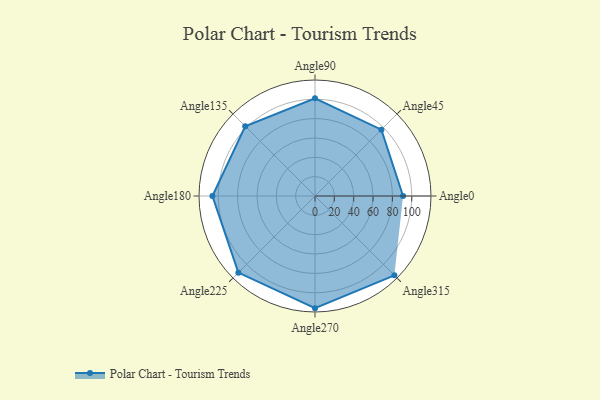
{"axis": {"x": "Angle", "y": "Radius"}, "legend": [""], "data": [{"x": "Angle0", "y": 91.0, "type": ""}, {"x": "Angle45", "y": 97.0, "type": ""}, {"x": "Angle90", "y": 101.0, "type": ""}, {"x": "Angle135", "y": 102.0, "type": ""}, {"x": "Angle180", "y": 106.0, "type": ""}, {"x": "Angle225", "y": 112.0, "type": ""}, {"x": "Angle270", "y": 116.0, "type": ""}, {"x": "Angle315", "y": 116.0, "type": ""}]}